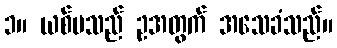
၁။ ယစ်မသည် ဥအတွက် အသေခံသည်။